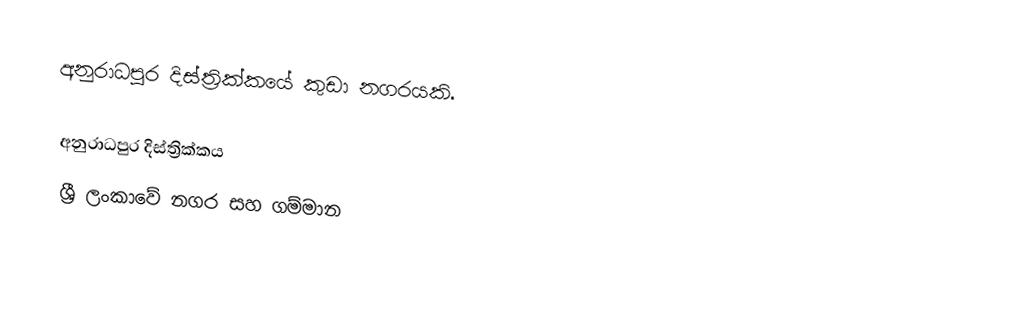
අනුරාධපුර දිස්ත්‍රික්කයේ කුඩා නගරයකි.

අනුරාධපුර දිස්ත්‍රික්කය
ශ්‍රී ලංකාවේ නගර සහ ගම්මාන